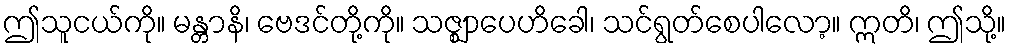
ဤသူငယ်ကို။ မန္တာနိ၊ ဗေဒင်တို့ကို။ သဇ္ဈာပေဟိခေါ၊ သင်ရွတ်စေပါလော့။ ဣတိ၊ ဤသို့။